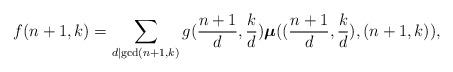
LaTeX: \begin{align*} f(n+1,k) =\sum_{d\mid\mathrm{gcd}(n+1,k)}g(\frac{n+1}{d},\frac{k}{d}) \boldsymbol{\mu}((\frac{n+1}{d},\frac{k}{d}),(n+1,k)), \end{align*}